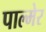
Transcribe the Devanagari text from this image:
पाल्मेर